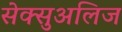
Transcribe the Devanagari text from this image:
सेक्सुअलिज